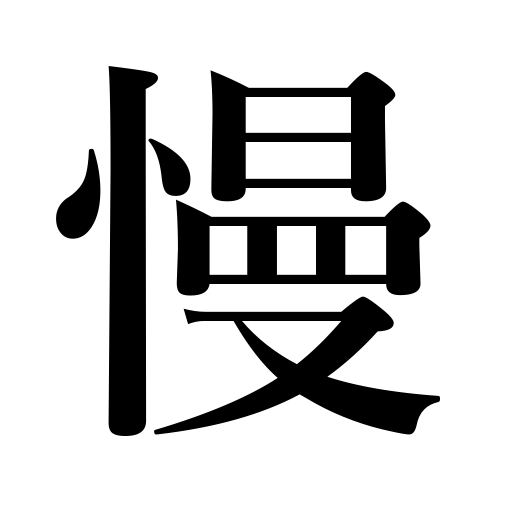
Meanings: lazinss,ridicule